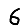
Digit: 6